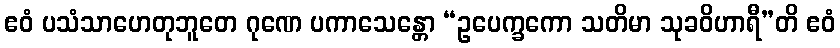
ဧဝံ ပသံသာဟေတုဘူတေ ဂုဏေ ပကာသေန္တော “ဥပေက္ခကော သတိမာ သုခဝိဟာရီ”တိ ဧဝံ